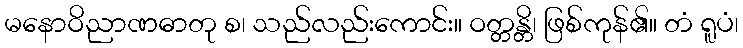
မနောဝိညာဏဓာတု စ၊ သည်လည်းကောင်း။ ဝတ္တန္တိ၊ ဖြစ်ကုန်၏။ တံ ရူပံ၊